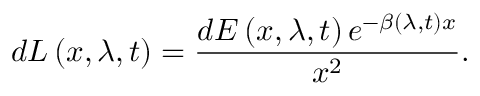
d L \left( x , \lambda , t \right) = \frac { d E \left( x , \lambda , t \right) e ^ { - \beta \left( \lambda , t \right) x } } { x ^ { 2 } } .